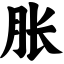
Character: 胀